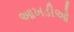
આખડીઓ